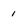
Character: 1